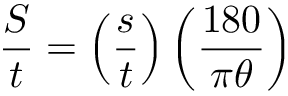
{ \frac { S } { t } } = \left( { \frac { s } { t } } \right) \left( { \frac { 1 8 0 } { \pi \theta } } \right)